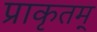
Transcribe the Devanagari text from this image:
प्राकृतम्